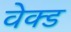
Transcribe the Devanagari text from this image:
वेक्ड